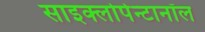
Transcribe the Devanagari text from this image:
साइक्लोपेन्टानॉल